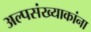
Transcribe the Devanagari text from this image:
अल्पसंख्याकांना